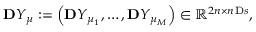
\ensuremath { \mathbf Ḋ Y Ḍ } _ { \ensuremath Ḋ \boldsymbol Ḋ \mu Ḍ Ḍ } : = \left( \ensuremath { \mathbf Ḋ Y Ḍ } _ { \ensuremath Ḋ \boldsymbol Ḋ \mu Ḍ Ḍ _ { 1 } } , \dots , \ensuremath { \mathbf Ḋ Y Ḍ } _ { \ensuremath Ḋ \boldsymbol Ḋ \mu Ḍ Ḍ _ { M } } \right) \in \mathbb { R } ^ { 2 n \times n _ { Ḋ } \mathrm Ḋ s Ḍ Ḍ } ,